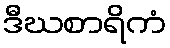
ဒီဃစာရိကံ